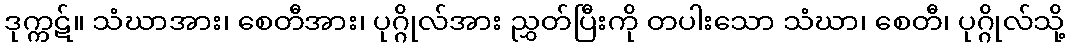
ဒုက္ကဋ်။ သံဃာအား၊ စေတီအား၊ ပုဂ္ဂိုလ်အား ညွှတ်ပြီးကို တပါးသော သံဃာ၊ စေတီ၊ ပုဂ္ဂိုလ်သို့